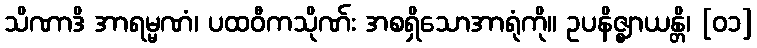
သိဏာဒိ အာရမ္မဏံ၊ ပထဝီကသိုဏ်း အစရှိသောအာရုံကို။ ဥပနိဇ္ဈာယန္တိ၊ [၀၁]